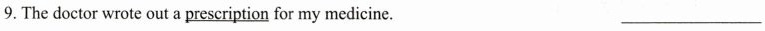
9. The doctor wrote out a \underline{prescription} for my medicine. ___